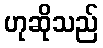
ဟုဆိုသည်